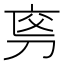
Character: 𠜡